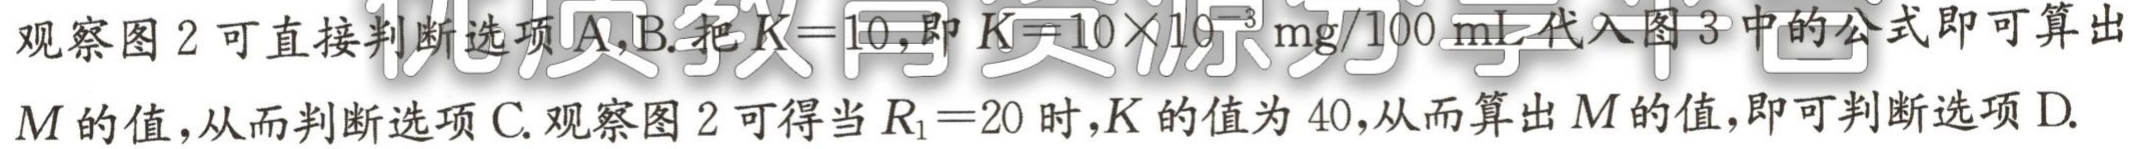
观察图 2 可直接判断选项A,B.把\(K = 10\),即\(K = 10\times10^{3}\text{mg}/100\text{ mL}\)代入图 3 中的公式即可算出\(M\)的值,从而判断选项 C. 观察图 2 可得当\(R_{1}=20\)时,\(K\)的值为 40,从而算出\(M\)的值,即可判断选项 D.